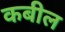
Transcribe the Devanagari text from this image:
कबील